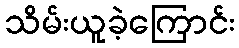
သိမ်းယူခဲ့ကြောင်း